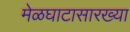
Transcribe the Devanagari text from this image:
मेळघाटासारख्या